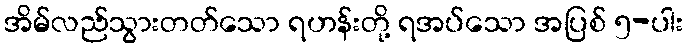
အိမ်လည်သွားတတ်သော ရဟန်းတို့ ရအပ်သော အပြစ် ၅-ပါး